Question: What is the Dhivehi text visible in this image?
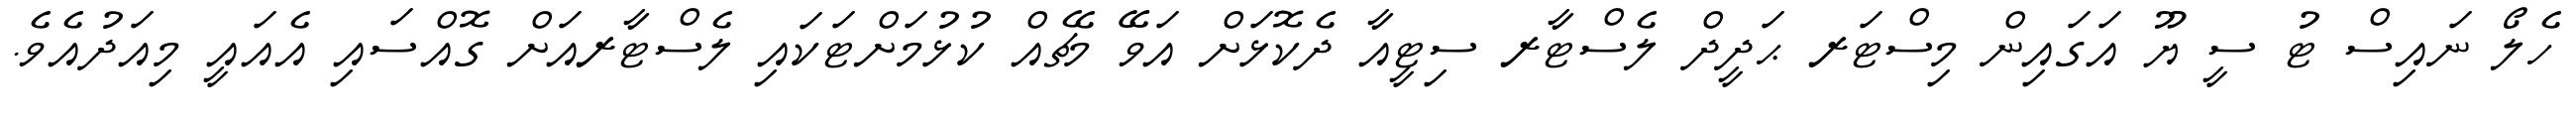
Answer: ހެލޯ ނައިސް ޓު ސީ ޔޫ އަގައިން މިސްޓަރ ޙަދީދް ލެސްޓާރ ސިޓީއާ ދެކޮޅަށް އަވޭ މެޗެއް ކުޅުމަށްޓަކައި ލެސްޓާރއަށް ގޮއްސައި އެއައީ މިއަދުއެވެ.